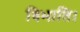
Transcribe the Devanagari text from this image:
विभाति।